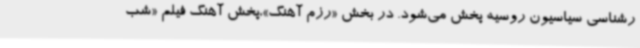
رشناسی سیاسیون روسیه پخش می‌شود. در بخش «رزم آهنگ»،پخش آهنگ فیلم «شب